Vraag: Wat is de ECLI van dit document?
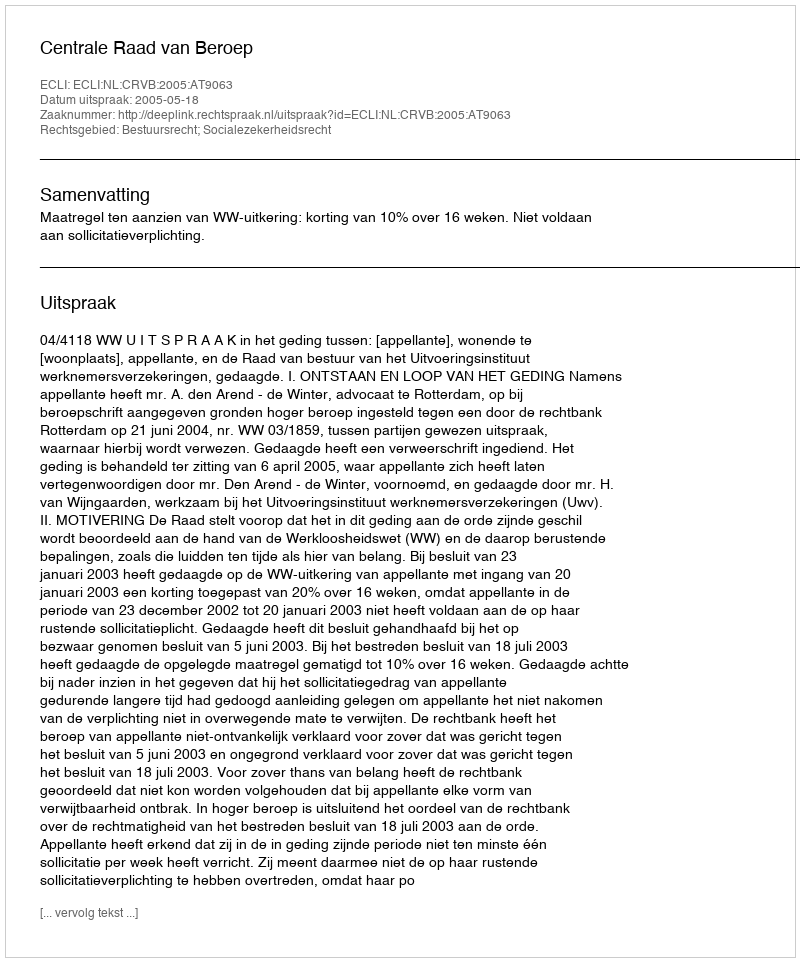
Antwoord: ECLI:NL:CRVB:2005:AT9063